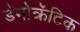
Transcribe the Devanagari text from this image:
डॅमोक्रॅटिक